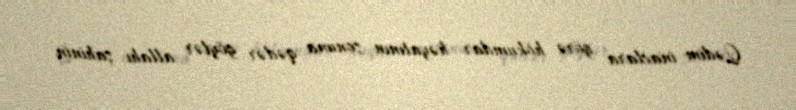
Qədim inaclara görə hökumdar həyatının sonuna qədər göylər allahı şahinin